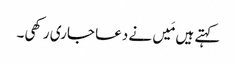
کہتے ہیں مَیں نے دعا جاری رکھی۔